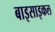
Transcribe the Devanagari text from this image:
बाइसाइकल